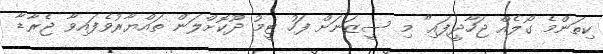
ކިތަންމެ ގޯލެއް ޖަހާދީފައި" މި ސީޒަނަށް ފަހު ޓީމު ދޫކޮށްލަން ތައްޔާރުވެފައިވާ ޖެރާޑާ